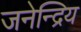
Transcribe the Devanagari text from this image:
जनेन्द्रिय